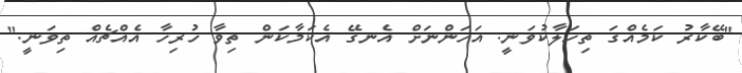
"ބޭކާރު ކަމެއްގަ ތިހަލާކުވަނީ. އަހަންނަށް އެނގޭ އެކަމާކަން ތިވާ ހުރިހާ އެއްޗެއް ތިވަނީ."